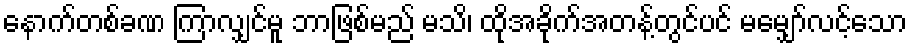
နောက်တစ်ခဏ ကြာလျှင်မူ ဘာဖြစ်မည် မသိ၊ ထိုအခိုက်အတန့်တွင်ပင် မမျှော်လင့်သော